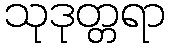
သုဒုတ္တရာ